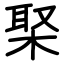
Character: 棸